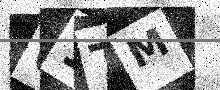
Text: 61TM